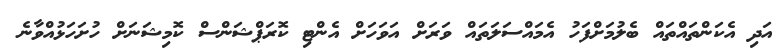
އަދި އެކަންތައްތައް ބެލުމަށްފަހު އެމައްސަލަތައް ވަރަށް އަވަހަށް އެންޓި ކޮރަޕްޝަންސް ކޮމިޝަނަށް ހުށަހަޅުއްވާނެ